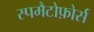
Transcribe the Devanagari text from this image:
स्पमैटोफ़ोर्स